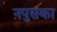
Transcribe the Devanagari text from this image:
नपुसका